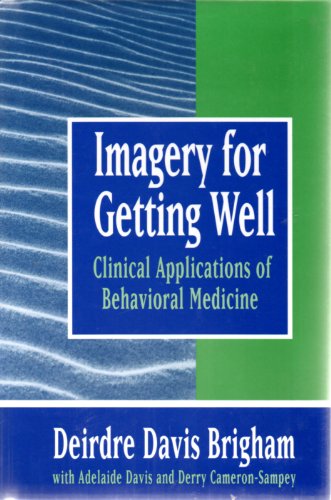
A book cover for Imagery for Getting Well: Clinical Applications of Behavioral Medicine; Deirdre Davis Brigham; Medical Books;